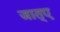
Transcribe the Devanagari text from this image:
जात्ए